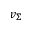
v _ { \Sigma }